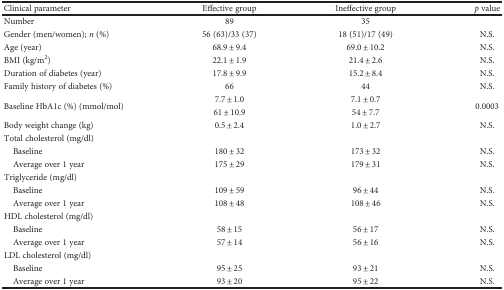
| Clinical parameter | Effective group | Ineffective group | p value |
 | --- | --- | --- | --- |
 | Number | 89 | 35 |  |
 | Gender (men/women); n (%) | 56 (63)/33 (37) | 18 (51)/17 (49) | N.S. |
 | Age (year) | 68.9 ± 9.4 | 69.0 ± 10.2 | N.S. |
 | BMI (kg/m2) | 22.1 ± 1.9 | 21.4 ± 2.6 | N.S. |
 | Duration of diabetes (year) | 17.8 ± 9.9 | 15.2 ± 8.4 | N.S. |
 | Family history of diabetes (%) | 66 | 44 | N.S. |
 | <ROWSPAN=2> Baseline HbA1c (%) (mmol/mol) | 7.7 ± 1.0 | 7.1 ± 0.7 | <ROWSPAN=2> 0.0003 |
 | 61 ± 10.9 | 54 ± 7.7 |
 | Body weight change (kg) | 0.5 ± 2.4 | 1.0 ± 2.7 | N.S. |
 | <COLSPAN=4> Total cholesterol (mg/dl) |
 | Baseline | 180 ± 32 | 173 ± 32 | N.S. |
 | Average over 1 year | 175 ± 29 | 179 ± 31 | N.S. |
 | <COLSPAN=4> Triglyceride (mg/dl) |
 | Baseline | 109 ± 59 | 96 ± 44 | N.S. |
 | Average over 1 year | 108 ± 48 | 108 ± 46 | N.S. |
 | <COLSPAN=4> HDL cholesterol (mg/dl) |
 | Baseline | 58 ± 15 | 56 ± 17 | N.S. |
 | Average over 1 year | 57 ± 14 | 56 ± 16 | N.S. |
 | <COLSPAN=4> LDL cholesterol (mg/dl) |
 | Baseline | 95 ± 25 | 93 ± 21 | N.S. |
 | Average over 1 year | 93 ± 20 | 95 ± 22 | N.S. |